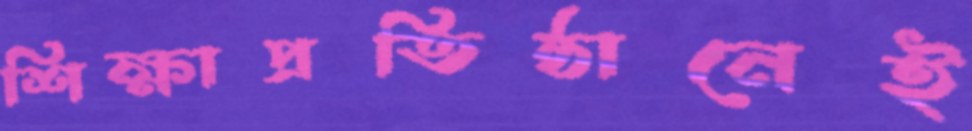
শিক্ষাপ্রতিষ্ঠানেই